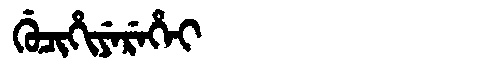
Manchu: ᡤᡠᠴᡳᡥᡳᠶᡝᡵᡝᡥᡝᡳ
Romanization: GUCIHIYEREHEI